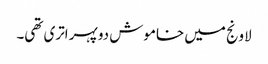
لاونج میں خاموش دوپہر اتری تھی۔